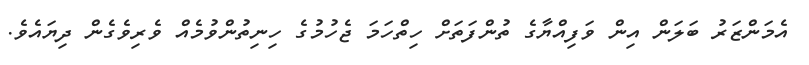
އެމަންޒަރު ބަލަން އިން ވަފިއްޔާގެ ތުންފަތަށް ހިތްހަމަ ޖެހުމުގެ ހިނިތުންވުމެއް ވެރިވެގެން ދިޔައެވެ.